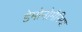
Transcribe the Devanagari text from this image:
डेमोनोमैनिया